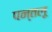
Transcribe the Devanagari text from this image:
पन्तलू